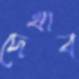
দেখাব